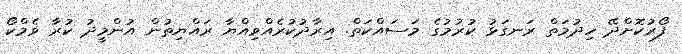
ފޯރުކޮށްދޭ ހިދުމަތް ރަނގަޅު ކުރުމުގެ މަސައްކަތް. އިރާދުކުރެއްވިއްޔާ ރައްޔިތުން އުންމީދު ކުރާ ވެމްކޯ